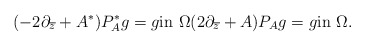
\begin{align*}(-2\partial_{\overline z}+A^*)P^*_{A}g=g\mbox{in}\,\,\Omega (2\partial_{\overline z}+A)P_{A}g=g\mbox{in}\,\,\Omega.\end{align*}